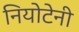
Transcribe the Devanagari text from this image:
नियोटेनी